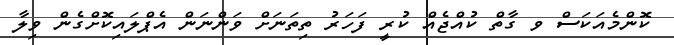
ކޮންމެެއަކަސް ވ ގާތް ކުއްޖެއް ކުރީ ފަހަރު ތިތަނަށް ވަންނަން އެޕްލައިކޮށްގެން ވިލާ